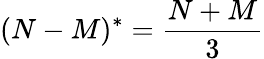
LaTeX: (N-M)^{*}=\frac{N+M}{3}